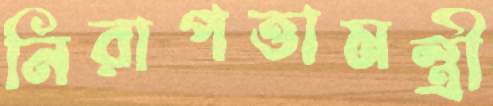
নিরাপত্তামন্ত্রী